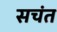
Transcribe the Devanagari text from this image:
सचंत